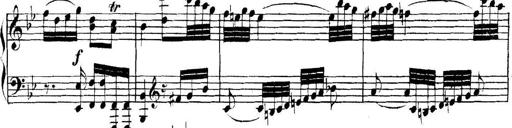
Title: Collected Piano Sonatas
Composer: Muzio Clementi